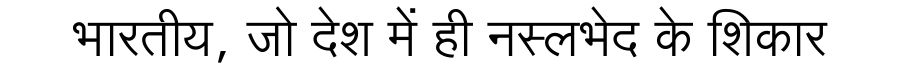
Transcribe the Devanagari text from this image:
भारतीय, जो देश में ही नस्लभेद के शिकार